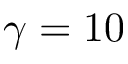
\gamma = 1 0